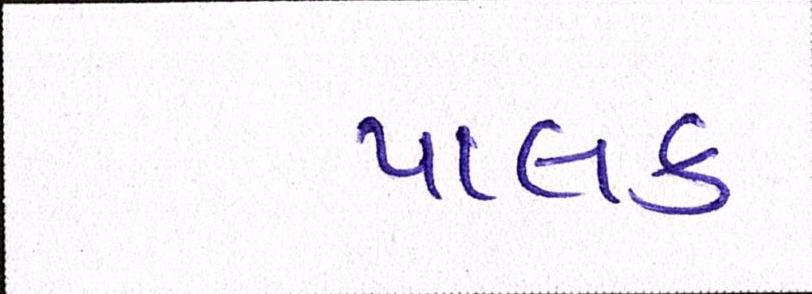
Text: પાલક